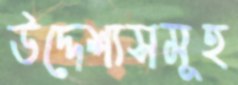
উদ্দেশ্যসমূহ